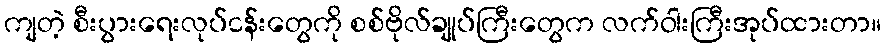
ကျတဲ့ စီးပွားရေးလုပ်ငန်းတွေကို စစ်ဗိုလ်ချုပ်ကြီးတွေက လက်ဝါးကြီးအုပ်ထားတာ။